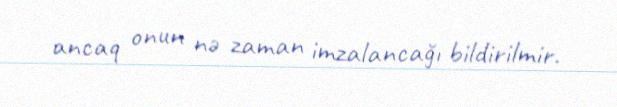
ancaq onun nə zaman imzalancağı bildirilmir.